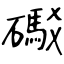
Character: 礟